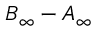
B _ { \infty } - A _ { \infty }